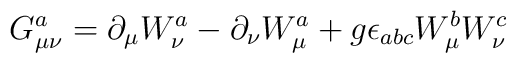
G_{\mu \nu} ^a = \partial _{\mu} W_{\nu} ^a - \partial _{\nu} W_{\mu} ^a+ g \epsilon _{abc} W_{\mu} ^b W_{\nu} ^c